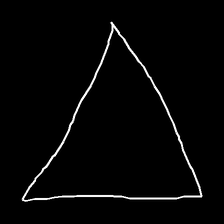
Glyph: convergence